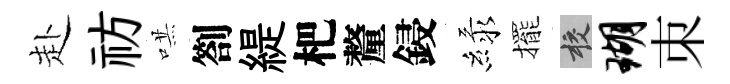
赴祊哄劄緹杷釐鋟緑擺校瑚朿